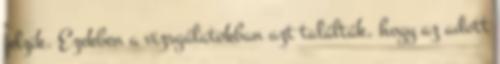
jelzik. Ezekben a vizsgálatokban azt találták, hogy az adott